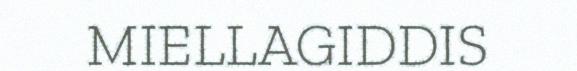
MIELLAGIDDIS